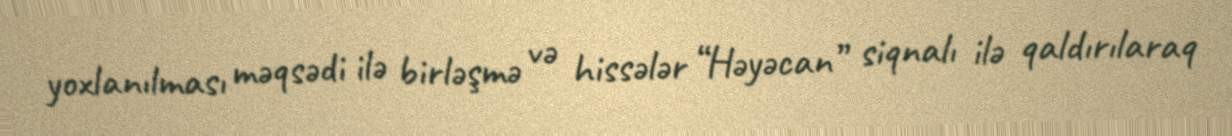
yoxlanılması məqsədi ilə birləşmə və hissələr “Həyəcan” siqnalı ilə qaldırılaraq